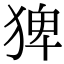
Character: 猈